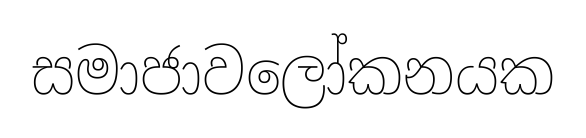
සමාජාවලෝකනයක